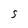
Character: S